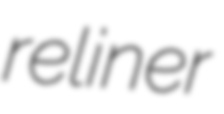
reliner